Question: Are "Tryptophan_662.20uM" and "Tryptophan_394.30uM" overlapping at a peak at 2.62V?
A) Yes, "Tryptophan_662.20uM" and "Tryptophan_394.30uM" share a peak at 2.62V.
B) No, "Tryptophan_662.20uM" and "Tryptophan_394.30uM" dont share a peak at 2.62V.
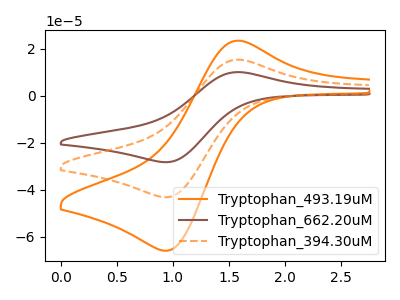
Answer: <think>The orange curve "Tryptophan_493.19uM" has an anodic peak at (1.55V, 23.35uA) and a cathodic peak at (0.95V, -66.05uA). The brown curve "Tryptophan_662.20uM" has an anodic peak at (1.55V, 30.60uA) and a cathodic peak at (0.95V, -86.50uA). The orange dashed curve "Tryptophan_394.30uM" has an anodic peak at (1.55V, 15.30uA) and a cathodic peak at (0.95V, -43.25uA).</think>
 <answer>B) No, "Tryptophan_662.20uM" and "Tryptophan_394.30uM" dont share a peak at 2.62V.</answer>
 <eval>B</eval>